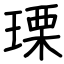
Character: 瑮